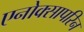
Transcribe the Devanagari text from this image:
एनोक्सापरिन